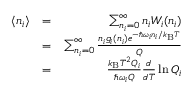
\begin{array} { r l r } { \langle n _ { i } \rangle } & { = } & { \sum _ { n _ { i } = 0 } ^ { \infty } n _ { i } W _ { i } ( n _ { i } ) } \\ & { = } & { \sum _ { n _ { i } = 0 } ^ { \infty } \frac { n _ { i } g _ { i } ( n _ { i } ) e ^ { - \hbar \omega _ { i } n _ { i } / k _ { \mathrm { B } } T } } { Q } } \\ & { = } & { \frac { k _ { \mathrm { B } } T ^ { 2 } Q _ { i } } { \hbar \omega _ { i } Q } \frac { d } { d T } \ln Q _ { i } } \end{array}